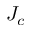
J _ { c }